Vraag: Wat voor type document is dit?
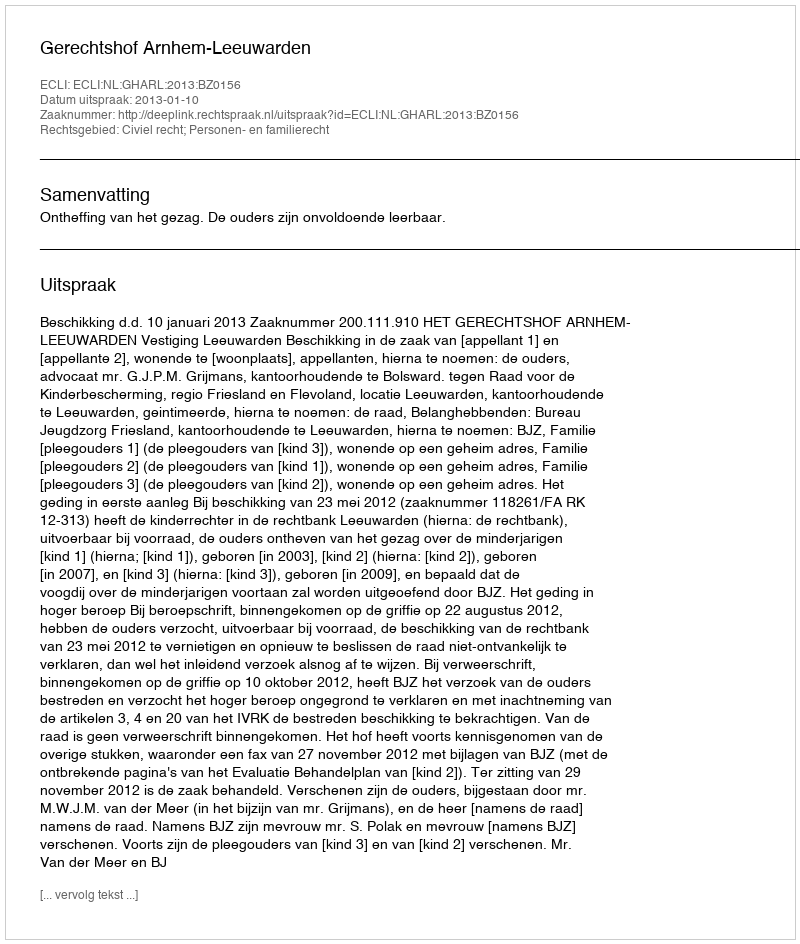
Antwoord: Uitspraak